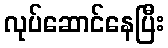
လုပ်ဆောင်နေပြီး